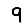
Digit: 9